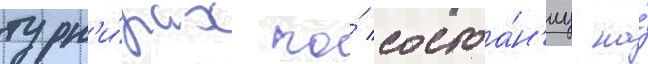
турн'и́рах по́ состоа́н'иу на́